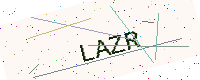
Text: LAZR